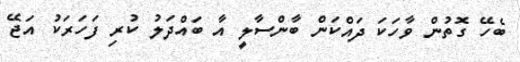
ބެހޭ ގޮތުން ވާހަކަ ދައްކަން ބާންސާލީ އާ ބައްދަލު ކުރި ފަހަރަކު އަޖޭ